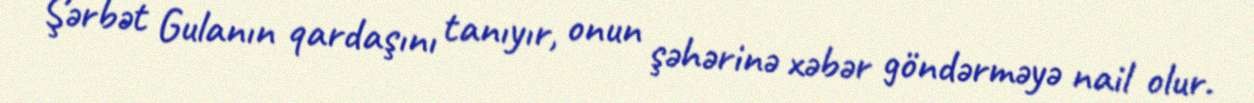
Şərbət Gulanın qardaşını tanıyır, onun şəhərinə xəbər göndərməyə nail olur.